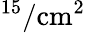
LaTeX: ^{15}/\mathrm{cm}^{2}